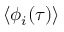
\langle \phi _ { i } ( \tau ) \rangle